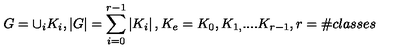
G = \cup _ { i } K _ { i } , \left| G \right| = \sum _ { i = 0 } ^ { r - 1 } \left| K _ { i } \right| , K _ { e } = K _ { 0 } , K _ { 1 , } . . . . K _ { r - 1 } , r = \# c l a s s e s